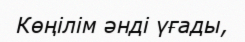
Көңілім әнді үғады,